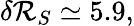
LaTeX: \delta\mathcal{R}_{S}\simeq 5.9,